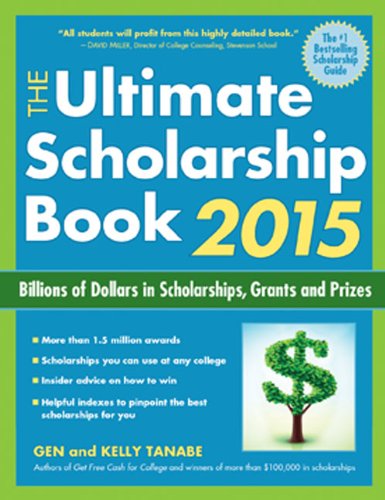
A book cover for The Ultimate Scholarship Book 2015: Billions of Dollars in Scholarships, Grants and Prizes; Gen Tanabe; Education & Teaching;